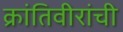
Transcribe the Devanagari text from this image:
क्रांतिवीरांची